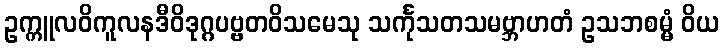
ဥက္ကူလဝိကူလနဒီဝိဒုဂ္ဂပဗ္ဗတဝိသမေသု သင်္ကုသတသမဗ္ဘာဟတံ ဥသဘစမ္မံ ဝိယ